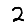
Digit: 2